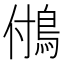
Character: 𩿧